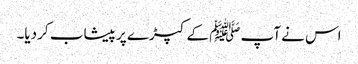
اس نے آپ ﷺ کے کپڑے پر پیشاب کر دیا۔